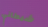
شيطاني